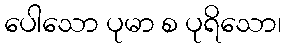
ပေါသော ပုမာ စ ပုရိသော၊